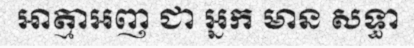
ឤត្មាអញ ជា អ្នក មាន សទ្ធា